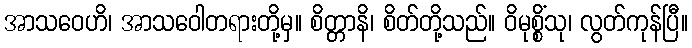
အာသဝေဟိ၊ အာသဝေါတရားတို့မှ။ စိတ္တာနိ၊ စိတ်တို့သည်။ ဝိမုစ္စိံသု၊ လွတ်ကုန်ပြီ။